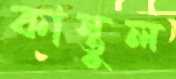
কাস্তুল